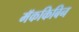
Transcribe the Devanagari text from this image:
मॅककिबिन